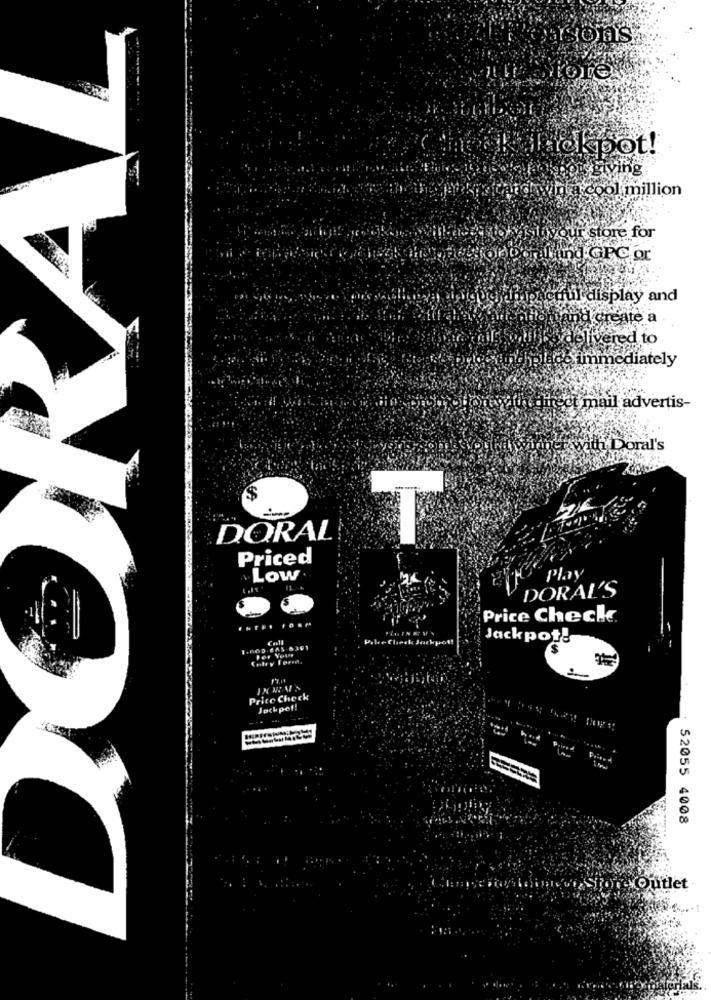
isons
ickpot!
giving
in a cool million
Ir store for
Falling GPC or
Delhipactful display and
ind create a
ydelivered to
the place immediately
lireet mail advertis-
bath Doral's
DORAL
T
Priced
Low
Play
DORAL'S
Price Check
Call
Pelve Check Jackpot!
Jackpot!
Price Check
Jackpot!
52055 4008
ore Outlet